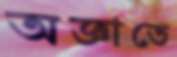
অজ্ঞাতে